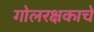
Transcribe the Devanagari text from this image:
गोलरक्षकाचे